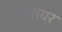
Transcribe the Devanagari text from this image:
वैपायर